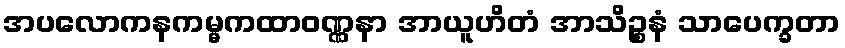
အပလောကနကမ္မကထာဝဏ္ဏနာ အာယူဟိတံ အာသိဉ္စနံ သာပေက္ခတာ